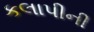
કલાપીની